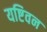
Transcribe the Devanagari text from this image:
यष्टिवन